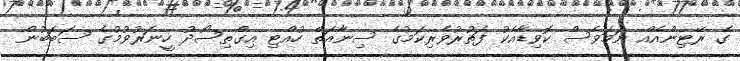
ގެ ރޭޓިންއެއް ނަމަވެސް ކޮވިޑާއެކު ފަތުރުވެރިކަމުގެ ސިނާއަތް ހުއްޓި އިގްތިސޯދު ހީނަރުވުމުގެ ސަބަބުން